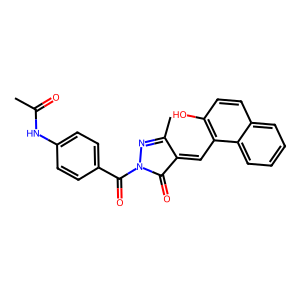
SMILES: CC(=O)Nc1ccc(C(=O)N2N=C(C)C(=Cc3c(O)ccc4ccccc34)C2=O)cc1
Inhibits HIV replication: No